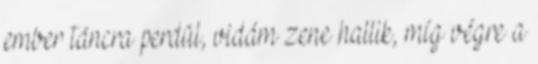
ember táncra perdül, vidám zene hallik, míg végre a